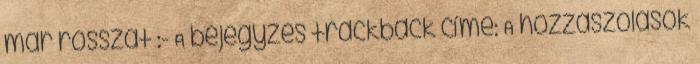
már rosszat :- A bejegyzés trackback címe: A hozzászólások